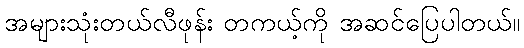
အများသုံးတယ်လီဖုန်း တကယ့်ကို အဆင်ပြေပါတယ်။